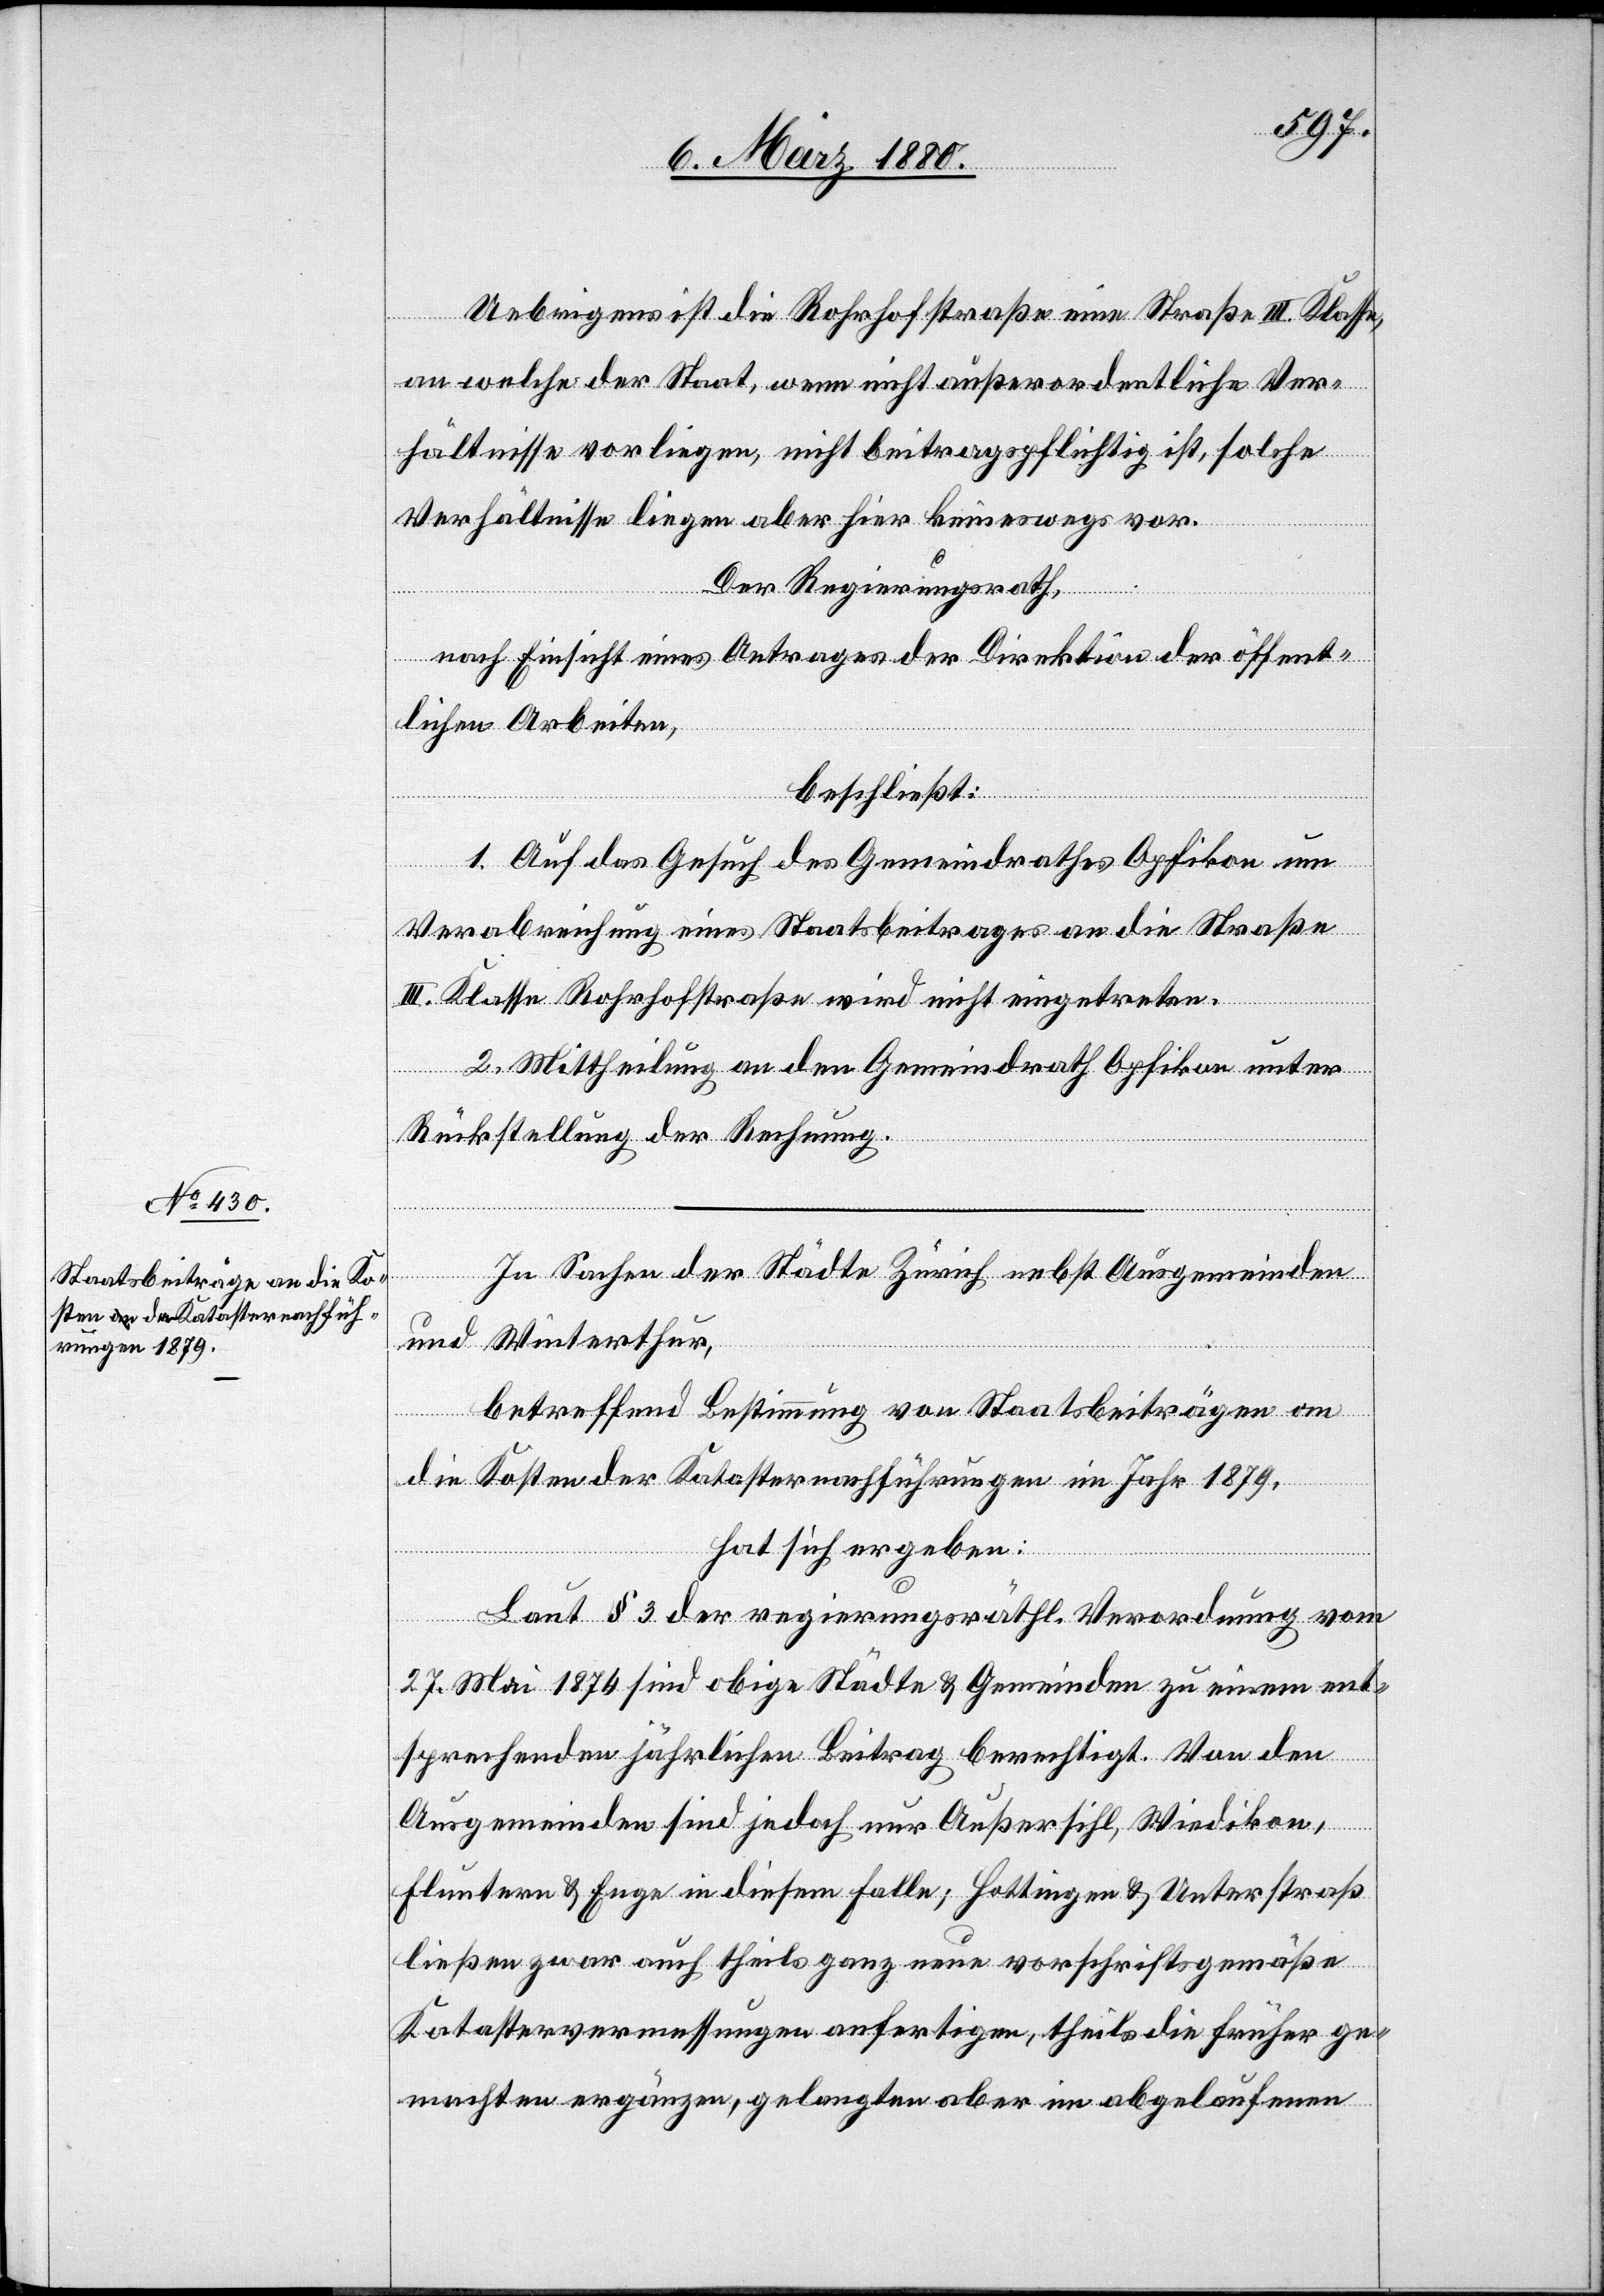
Uebrigens ist die Rohrhofstraße eine Straße III. Klasse,
an welche der Staat, wenn nicht außerordentliche Ver¬
hältnisse vorliegen, nicht beitragspflichtig ist, solche
Verhältnisse liegen aber hier keineswegs vor.
ten.
Der Regierungsrath,
nach Einsicht eines Antrages der Direktion der öffent¬
lichen Arbeiten,
beschließt:
1. Auf das Gesuch des Gemeindrathes Opfikon um
Verabreichung eines Staatsbeitrages an die Straße
III. Klasse Rohrhofstraße wird nicht eingetreten.
2. Mittheilung an den Gemeindrath Opfikon unter